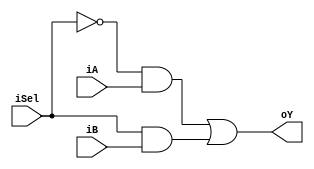
/*
	2 to 1 Mux
	iSel | oY
	----------
	  0  | iA
	  1  | iB

    +------------+
--->| iA         |
--->| iSel    oY | --->
--->| iB         |
    +------------+
*/
module Mux2To1_equ
(
	input	iA,		// First input
	input	iB,		// Second input
	input	iSel,	// Data selection
	output	oY		// Mux output
);
assign	oY = (~iSel & iA ) | ( iSel & iB );

endmodule